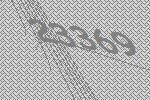
23369